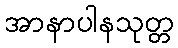
အာနာပါနသုတ္တ